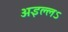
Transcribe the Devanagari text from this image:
अइल्लऽ